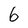
Character: 6